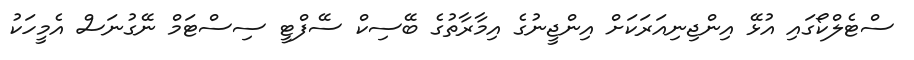
ސްޓެލްކޯގައި އުޅޭ އިންޖިނިއަރަކަށް އިންޖީނުގެ އިމާރާތުގެ ބޭސިކް ސޭފްޓީ ސިސްޓަމް ނޭގުނަސް އެމީހަކު